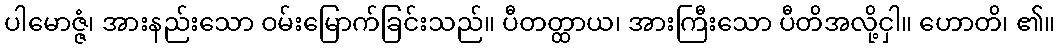
ပါမောဇ္ဇံ၊ အားနည်းသော ဝမ်းမြောက်ခြင်းသည်။ ပီတတ္ထာယ၊ အားကြီးသော ပီတိအလို့ငှါ။ ဟောတိ၊ ၏။